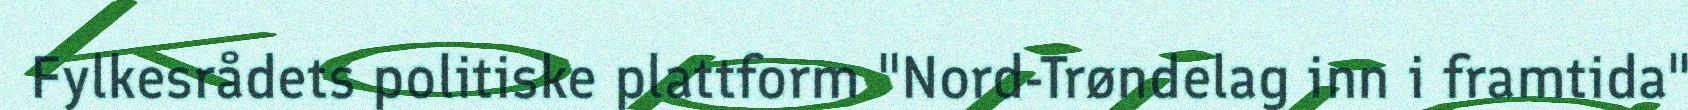
Fylkesrådets politiske plattform "Nord-Trøndelag inn i framtida"